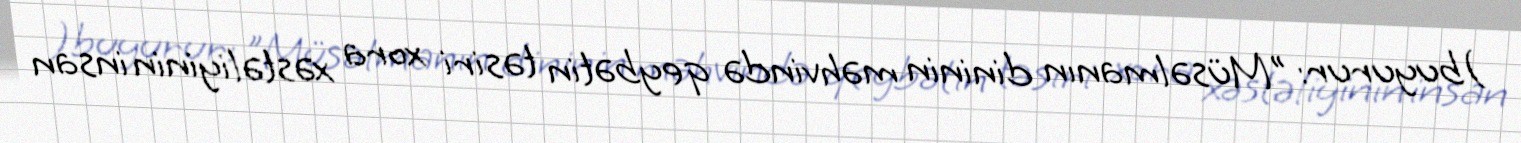
)buyurur: "Müsəlmanın dininin məhvində qeybətin təsiri xora xəstəliyinin insan